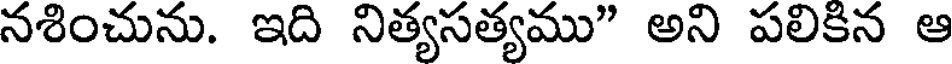
నశించును. ఇది నిత్యసత్యము" అని పలికిన ఆ